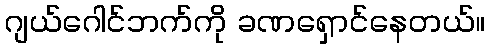
ဂျယ်ဂေါင်ဘက်ကို ခဏရှောင်နေတယ်။